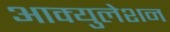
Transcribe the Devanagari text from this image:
आक्युलेशन